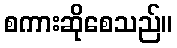
စကားဆိုစေသည်။